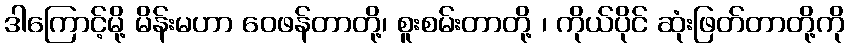
ဒါကြောင့်မို့ မိန်းမဟာ ဝေဖန်တာတို့၊ စူးစမ်းတာတို့ ၊ ကိုယ်ပိုင် ဆုံးဖြတ်တာတို့ကို